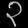
Digit: ၃